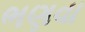
ભણવા